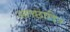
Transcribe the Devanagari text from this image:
आच्‍छादित